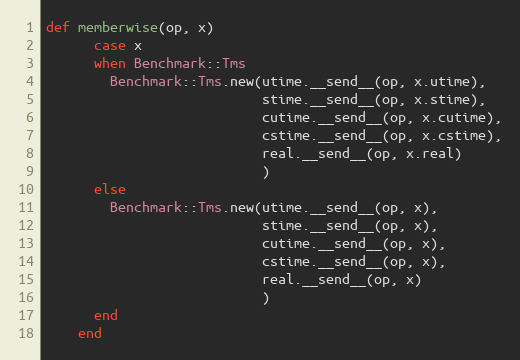
Language: Ruby
def memberwise(op, x)
      case x
      when Benchmark::Tms
        Benchmark::Tms.new(utime.__send__(op, x.utime),
                           stime.__send__(op, x.stime),
                           cutime.__send__(op, x.cutime),
                           cstime.__send__(op, x.cstime),
                           real.__send__(op, x.real)
                           )
      else
        Benchmark::Tms.new(utime.__send__(op, x),
                           stime.__send__(op, x),
                           cutime.__send__(op, x),
                           cstime.__send__(op, x),
                           real.__send__(op, x)
                           )
      end
    end